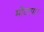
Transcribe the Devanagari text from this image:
मोटापा।